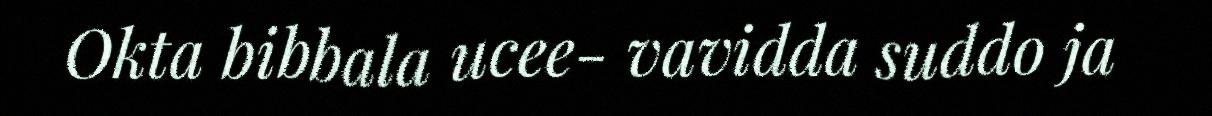
Okta bibbala ucee- vavidda suddo ja